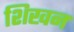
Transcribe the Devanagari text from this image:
शिखन